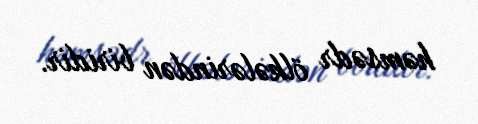
həmsədr ölkələrindən biridir.